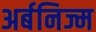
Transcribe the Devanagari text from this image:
अर्बनिज्म